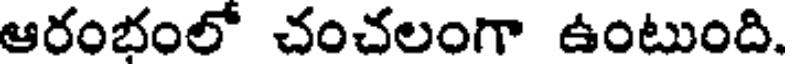
ఆరంభంలో చంచలంగా ఉంటుంది.